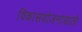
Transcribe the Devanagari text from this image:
विकासयोजनांसाठी